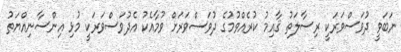
ނަބަވީ ދުވަސްވަރަކީ ރިސާލަތު ޤާއިމު ކުރެއްވުމުގެ ދުވަސްވަރަށް ވުމާއެކު އެދުވަސްވަރަކީ މުޅި އިންސާނިއްޔަތު